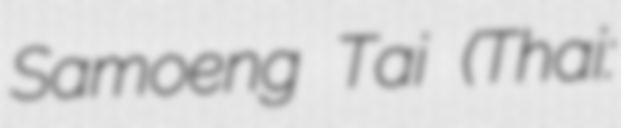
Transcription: Samoeng Tai (Thai: